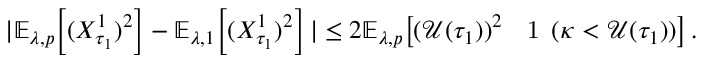
\begin{array} { r } { | \mathbb { E } _ { \lambda , p } \! \left[ ( X _ { \tau _ { 1 } } ^ { 1 } ) ^ { 2 } \right] - \mathbb { E } _ { \lambda , 1 } \! \left[ ( X _ { \tau _ { 1 } } ^ { 1 } ) ^ { 2 } \right] | \leq 2 \mathbb { E } _ { \lambda , p } \! \left[ ( \mathcal { U } ( \tau _ { 1 } ) ) ^ { 2 } { \mathrm { \Large ~ \mathfrak ~ 1 ~ } } ( \kappa < \mathcal { U } ( \tau _ { 1 } ) ) \right] . } \end{array}